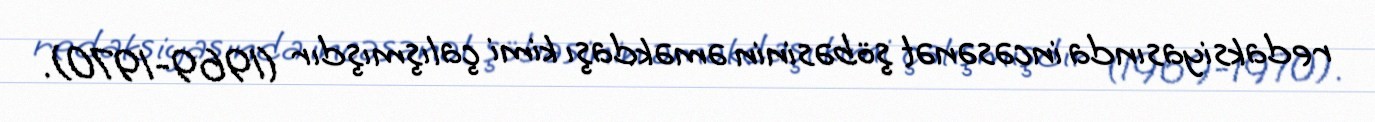
redaksiyasında incəsənət şöbəsinin əməkdaşı kimi çalışmışdır (1969-1970).